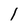
Character: 1